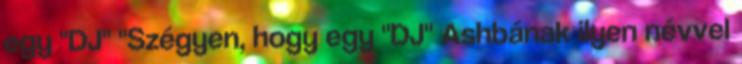
egy "DJ" "Szégyen, hogy egy "DJ" Ashbának ilyen névvel